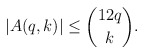
\begin{align*} |A(q,k)| \leq \binom{12q}{k}. \end{align*}